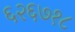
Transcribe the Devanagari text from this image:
६२६७१८